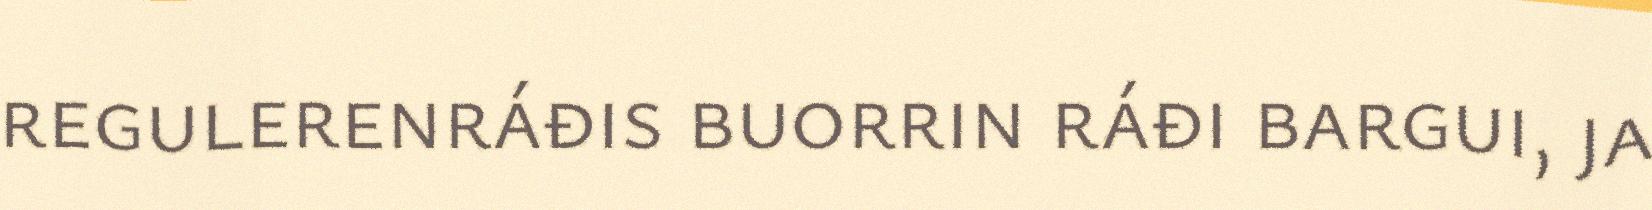
regulerenráđis buorrin ráđi bargui, ja